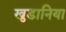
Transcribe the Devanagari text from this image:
खुडानिया